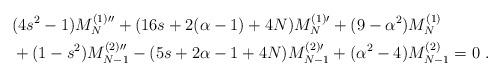
LaTeX: \begin{align*}&(4s^{2}-1)M_{N}^{(1)\prime\prime}+(16s+2(\alpha-1)+4N)M_{N}^{(1)\prime}+(9-\alpha^{2})M_{N}^{(1)}\\&+(1-s^{2})M_{N-1}^{(2)\prime\prime}-(5s+2\alpha-1+4N)M_{N-1}^{(2)\prime}+(\alpha^{2}-4)M_{N-1}^{(2)}=0\ . \end{align*}